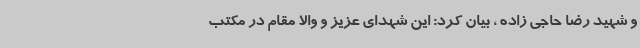
و شهید رضا حاجی زاده ، بیان کرد: این شهدای عزیز و والا مقام در مکتب